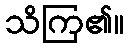
သိကြ၏။